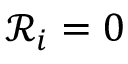
{ \mathcal { R } } _ { i } = 0